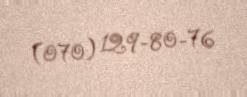
(070) 129-80-76